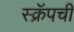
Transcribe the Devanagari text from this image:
स्क्रॅपची